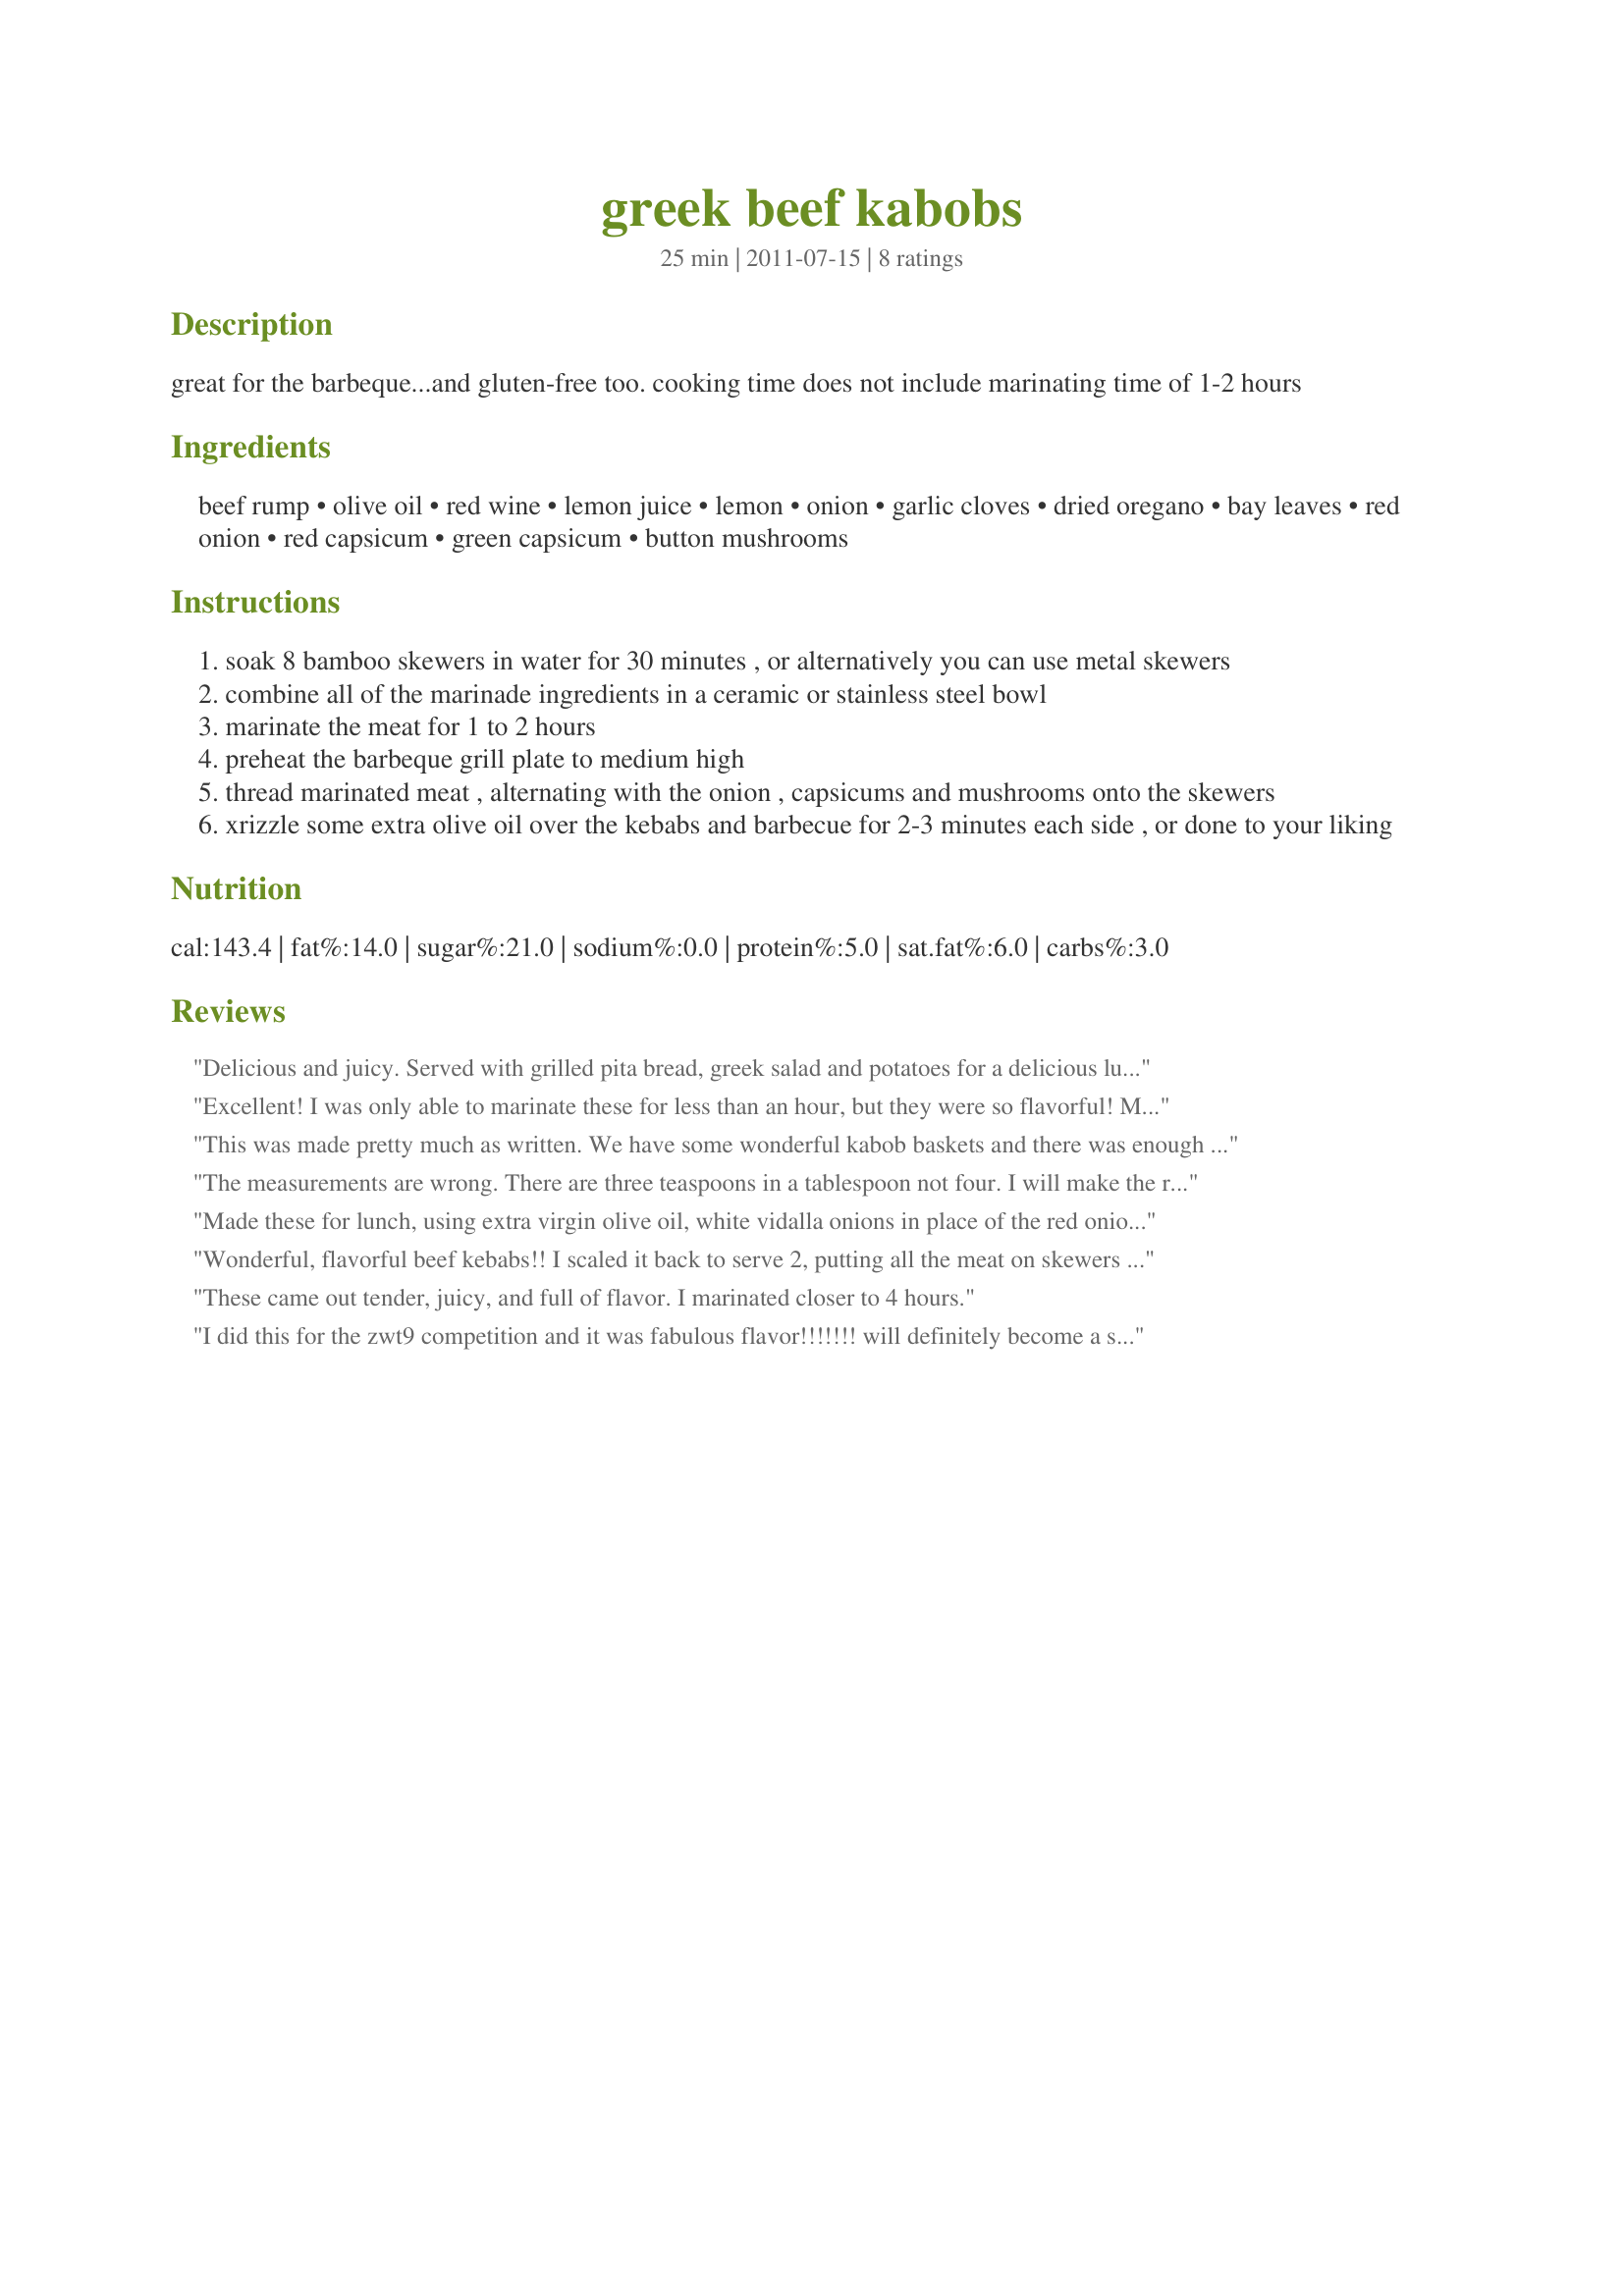
greek beef kabobs
Preparation time: 25 minutes

great for the barbeque...and gluten-free too. cooking time does not include marinating time of 1-2 hours

Ingredients:
beef rump, olive oil, red wine, lemon juice, lemon, onion, garlic cloves, dried oregano, bay leaves, red onion, red capsicum, green capsicum, button mushrooms

Steps:
soak 8 bamboo skewers in water for 30 minutes , or alternatively you can use metal skewers
combine all of the marinade ingredients in a ceramic or stainless steel bowl
marinate the meat for 1 to 2 hours
preheat the barbeque grill plate to medium high
thread marinated meat , alternating with the onion , capsicums and mushrooms onto the skewers
xrizzle some extra olive oil over the kebabs and barbecue for 2-3 minutes each side , or done to your liking

Reviews:
Delicious and juicy. Served with grilled pita bread, greek salad and potatoes for a delicious lunch (all by you, **Jubes**!).
Excellent! I was only able to marinate these for less than an hour, but they were so flavorful! My niece said she could smell the marinade all the way into the living room, and couldn&#039;t wait to try them. They did not disappoint! I used sirloin steak, cooked rare, but otherwise followed the instructions exactly. Made for ZWT9 - for the Gourmet Goddesses. Thanks for posting!
This was made pretty much as written. We have some wonderful kabob baskets and there was enough ingredients to fill 4 which is equivalent to the skewers called for in the recipe. This made an excellent dinner served with Recipe #427739 and Recipe #503616. Made for ZWT9.
The measurements are wrong. There are three teaspoons in a tablespoon not four. I will make the recipe but make adjustments for the difference in measurements.
Made these for lunch, using extra virgin olive oil, white vidalla onions in place of the red onions, and a green pepper, replacing the red pepper. Worked out well on the grill, though it is raining here, great nice flavorful marinade, the meat was nice, and tender too. I grilled each side for 2 minutes 15 seconds , but others may want to cook the 3 minutes as I tend to over load my barbecue with charcoal. Made for a nice weekend lunch. Made for Pick a Chef Fall 2012.
Wonderful, flavorful beef kebabs!! I scaled it back to serve 2, putting all the meat on skewers and the veggies on their own skewers, as I find the veggies don&#039;t get cooked enough when cooked on the beef skewers. I did sub top sirloin steak and served these with recipe#228801 and baked potatoes for a wonderful meal!! Thanks for sharing the recipe. Made for ZWT9.
These came out tender, juicy, and full of flavor. I marinated closer to 4 hours.
I did this for the zwt9 competition and it was fabulous flavor!!!!!!! will definitely become a staple meal for the summer!!!easy to prepare and a very laid back dining experience with the flavor of fine dining thank you for a great recipe...no problem with any of the instructions
